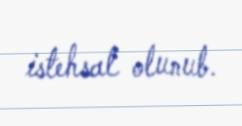
istehsal olunub.